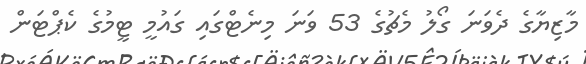
މާޒިޔާގެ ދެވަނަ ގޯލު މެޗުގެ 53 ވަނަ މިނެޓްގައި ގައުމީ ޓީމުގެ ކެޕްޓަން